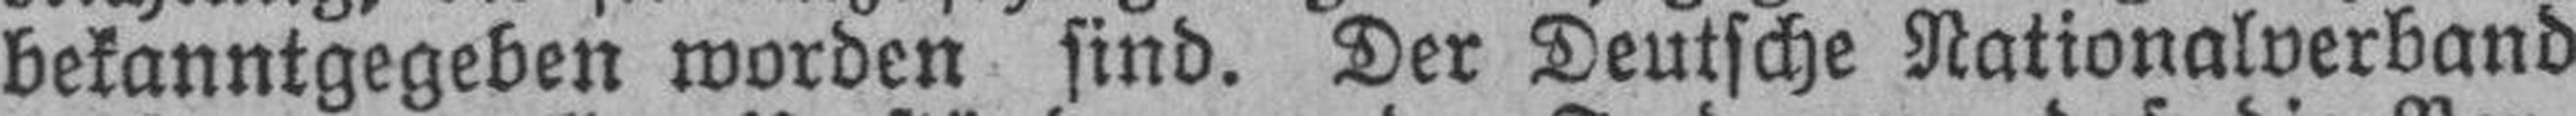
bekanntgegeben worden sind. Der Deutsche Nationalverband